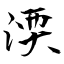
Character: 渜